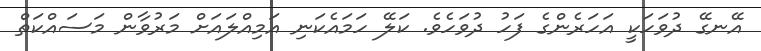
އޭނގޭ ދުވަހަކީ އަހަރެންގެ ފަހު ދުވަހެވެ. ކަލޭ ހަމައެކަނި އަމިއްލައަށް މަރުވާން މަސައްކަތް